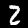
Digit: 2